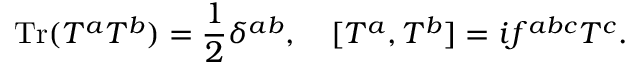
\operatorname { T r } ( T ^ { a } T ^ { b } ) = { \frac { 1 } { 2 } } \delta ^ { a b } , \quad [ T ^ { a } , T ^ { b } ] = i f ^ { a b c } T ^ { c } .